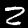
Label: 2